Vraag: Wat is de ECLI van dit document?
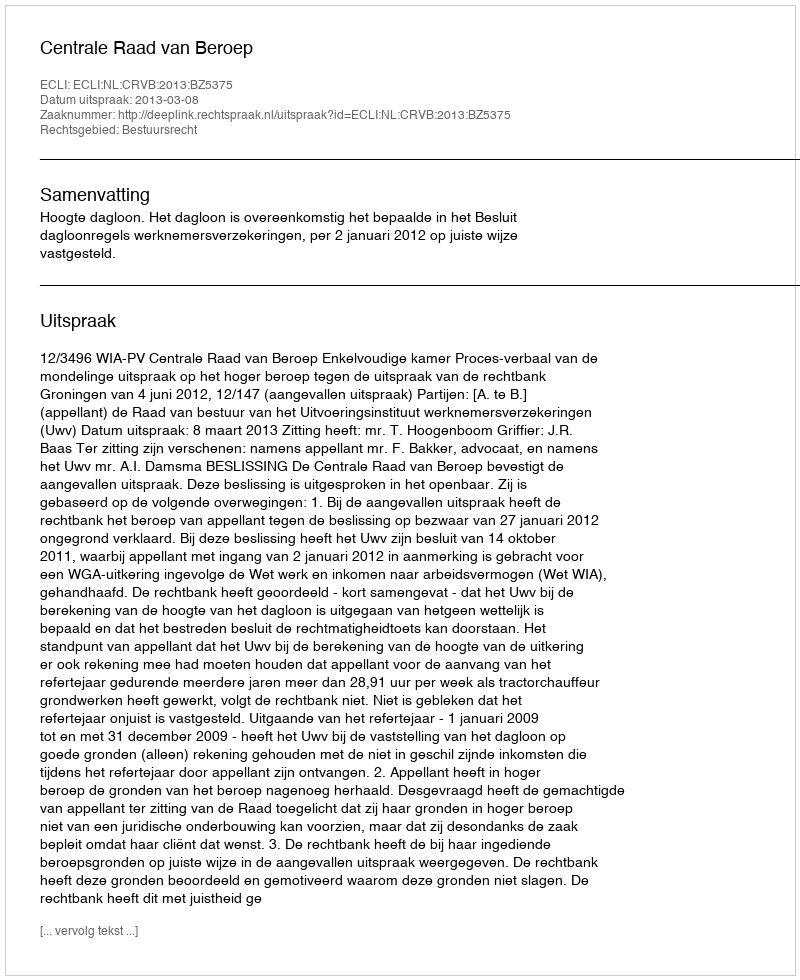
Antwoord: ECLI:NL:CRVB:2013:BZ5375